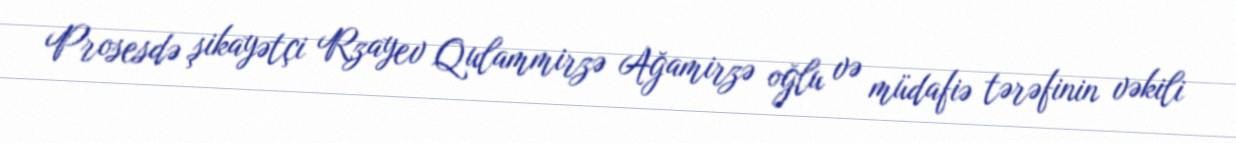
Prosesdə şikayətçi Rzayev Qulammirzə Ağamirzə oğlu və müdafiə tərəfinin vəkili